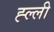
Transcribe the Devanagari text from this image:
ह्ल्ली